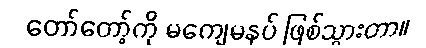
တော်တော့်ကို မကျေမနပ် ဖြစ်သွားတာ။